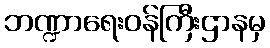
ဘဏ္ဍာရေးဝန်ကြီးဌာနမှ